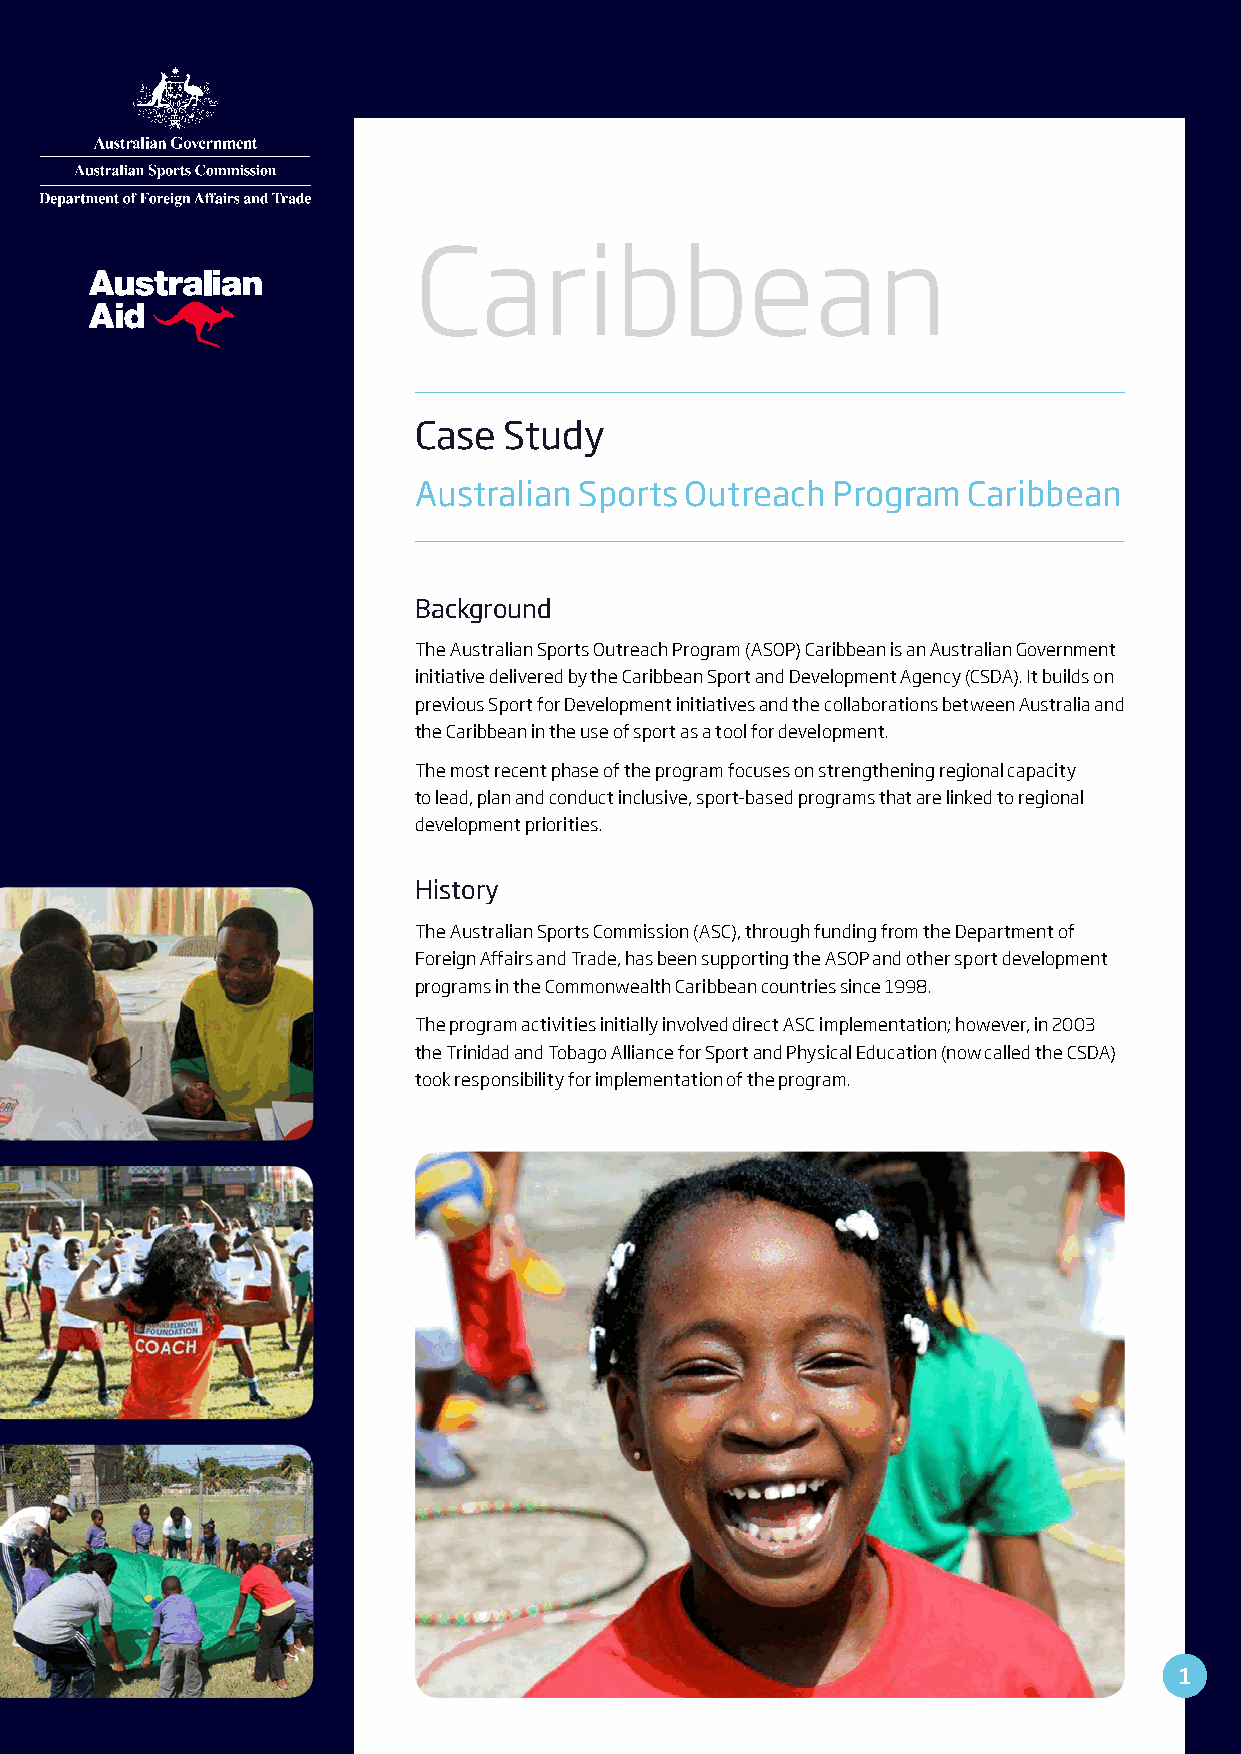
CCaarriibbbbeeaann
 CCaassee SSttuuddyy
 AAuussttrraalliiaann SSppoorrttss OOuuttrreeaacchh PPrrooggrraamm CCaarriibbbbeeaann
 Background
 The Australian Sports Outreach Program (ASOP) Caribbean is an Australian Government
 initiative delivered by the Caribbean Sport and Development Agency (CSDA). It builds on
 previous Sport for Development initiatives and the collaborations between Australia and
 the Caribbean in the use of sport as a tool for development.
 The most recent phase of the program focuses on strengthening regional capacity
 to lead, plan and conduct inclusive, sport-based programs that are linked to regional
 development priorities.
 History
 The Australian Sports Commission (ASC), through funding from the Department of
 Foreign Affairs and Trade, has been supporting the ASOP and other sport development
 programs in the Commonwealth Caribbean countries since 1998.
 The program activities initially involved direct ASC implementation; however, in 2003
 the Trinidad and Tobago Alliance for Sport and Physical Education (now called the CSDA)
 took responsibility for implementation of the program.
 11